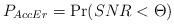
LaTeX: \begin{align*} P_{AccEr} = \Pr(SNR < \Theta)\end{align*}